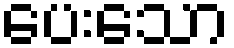
ပေးသော